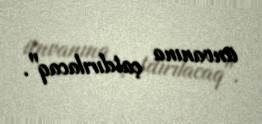
ünvanına çatdırılacaq".